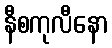
နီစကုလီနော